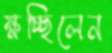
ক্ষচ্ছিলেন